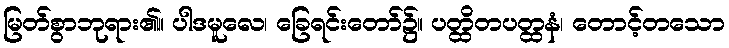
မြတ်စွာဘုရား၏။ ပါဒမူလေ၊ ခြေရင်းတော်၌။ ပတ္ထိတပတ္ထနံ၊ တောင့်တသော